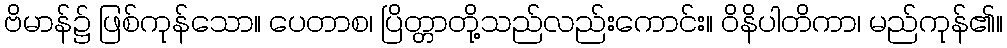
ဗိမာန်၌ ဖြစ်ကုန်သော။ ပေတာစ၊ ပြိတ္တာတို့သည်လည်းကောင်း။ ဝိနိပါတိကာ၊ မည်ကုန်၏။